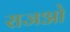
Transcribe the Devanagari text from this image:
राजओ